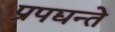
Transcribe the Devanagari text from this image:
प्रपद्यन्ते